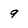
Character: 9